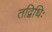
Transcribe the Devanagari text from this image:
तद्विधिः